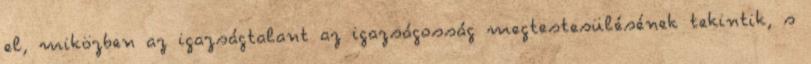
el, miközben az igazságtalant az igazságosság megtestesülésének tekintik, s